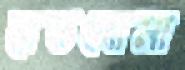
হাতবোমা